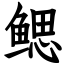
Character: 鳃